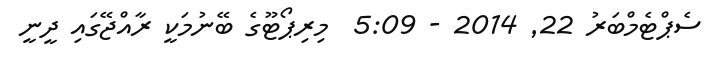
ސެޕްޓެމްބަރު 22